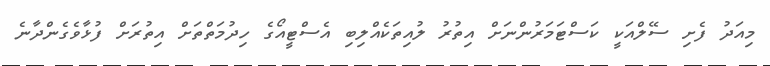
މިއަދު ފެށި ސޭލްއަކީ ކަސްޓަމަރުންނަށް އިތުރު ލުއިތަކެއްލިބި އެސްޓީއޯގެ ހިދުމަތްތަށް އިތުރަށް ފުޅާވެގެންދާނެ